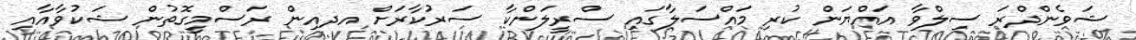
ޝަވެންދްރަ ސިލްވާ އައްޔަން ކުރި މައްސަލާގައި ސްރީލަންކާ ސަރުކާރަށް އދއިން ރަސްމީގޮތުން ޝަކުވާއާއި